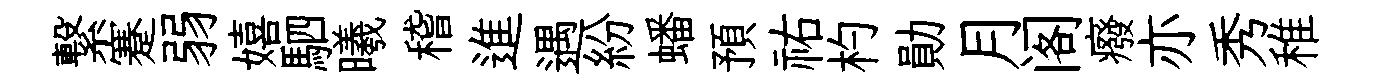
繋蹇弱嬉駟曦稽進遇紛蟠預祐杓勛月阁癈亦秀稚